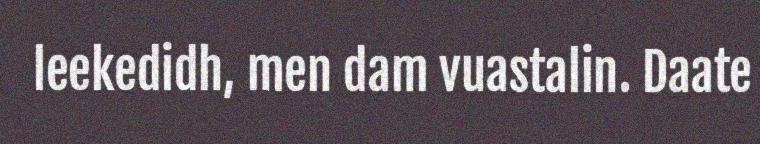
leekedidh, men dam vuastalin. Daate